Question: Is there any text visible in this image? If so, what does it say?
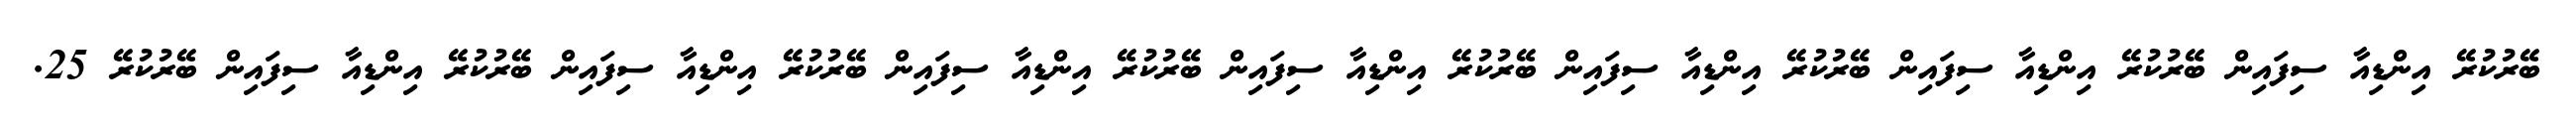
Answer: ބޭރުކުރޭ އިންޑިއާ ސިފައިން ބޭރުކުރޭ އިންޑިއާ ސިފައިން ބޭރުކުރޭ އިންޑިއާ ސިފައިން ބޭރުކުރޭ އިންޑިއާ ސިފައިން ބޭރުކުރޭ އިންޑިއާ ސިފައިން ބޭރުކުރޭ އިންޑިއާ ސިފައިން ބޭރުކުރޭ އިންޑިއާ ސިފައިން ބޭރުކުރޭ 25.